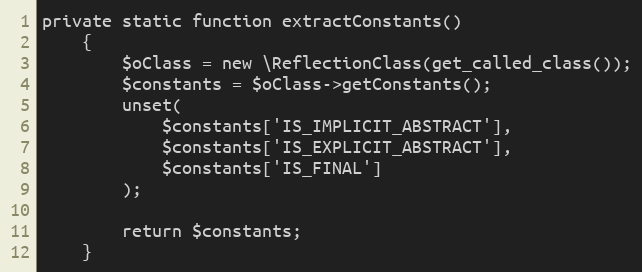
Language: PHP
private static function extractConstants()
    {
        $oClass = new \ReflectionClass(get_called_class());
        $constants = $oClass->getConstants();
        unset(
            $constants['IS_IMPLICIT_ABSTRACT'],
            $constants['IS_EXPLICIT_ABSTRACT'],
            $constants['IS_FINAL']
        );

        return $constants;
    }